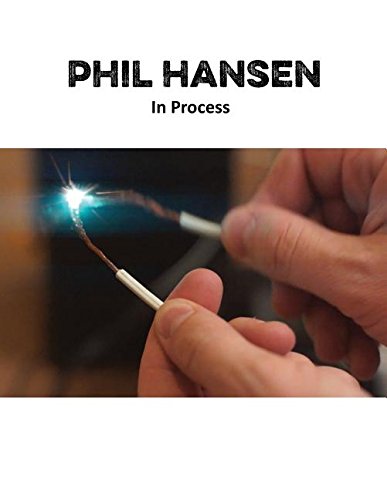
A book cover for Phil Hansen: In Process; Phil Hansen; Arts & Photography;